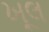
ખૂલ